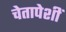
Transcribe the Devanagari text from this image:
चेतापेशीं